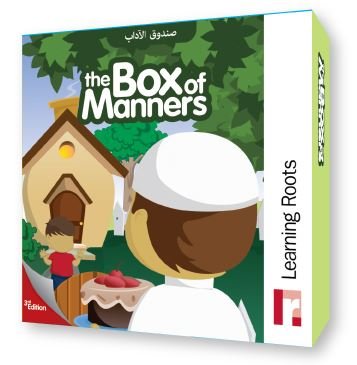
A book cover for The Box of Manners; Zaheer Khatri; Children's Books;